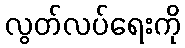
လွတ်လပ်ရေးကို